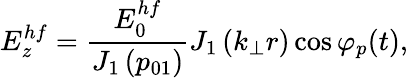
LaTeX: E_{z}^{hf}=\frac{E_{0}^{hf}}{J_{1}\left(p_{01}\right)}J_{1}\left(k_{\perp}r\right)\cos\varphi_{p}(t),